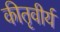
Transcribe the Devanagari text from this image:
कीतृवीर्य